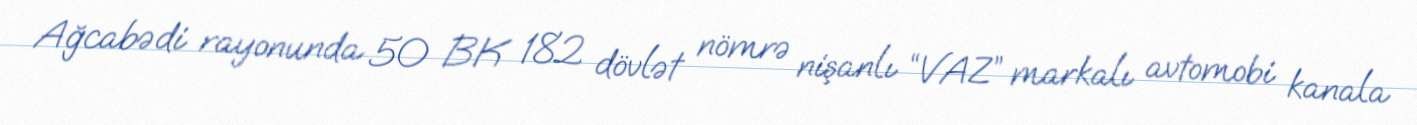
Ağcabədi rayonunda 50 BK 182 dövlət nömrə nişanlı “VAZ” markalı avtomobi kanala